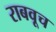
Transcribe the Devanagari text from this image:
राबवूच